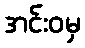
အင်းဝမှ